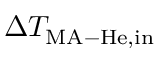
\Delta T _ { \mathrm { M A - H e , i n } }